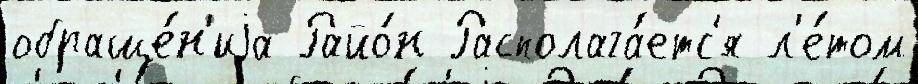
обраще́н'иjа Райо́н Располага́етс'я л'е́том